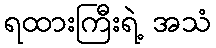
ရထားကြီးရဲ့ အသံ